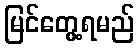
မြင်တွေ့ရမည်